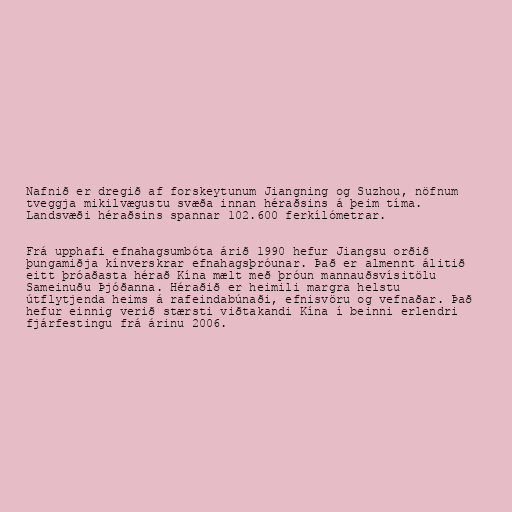
Nafnið er dregið af forskeytunum Jiangning og Suzhou, nöfnum
tveggja mikilvægustu svæða innan héraðsins á þeim tíma.
Landsvæði héraðsins spannar 102.600 ferkílómetrar.

Frá upphafi efnahagsumbóta árið 1990 hefur Jiangsu orðið
þungamiðja kínverskrar efnahagsþróunar. Það er almennt álitið
eitt þróaðasta hérað Kína mælt með þróun mannauðsvísitölu
Sameinuðu Þjóðanna. Héraðið er heimili margra helstu
útflytjenda heims á rafeindabúnaði, efnisvöru og vefnaðar. Það
hefur einnig verið stærsti viðtakandi Kína í beinni erlendri
fjárfestingu frá árinu 2006.